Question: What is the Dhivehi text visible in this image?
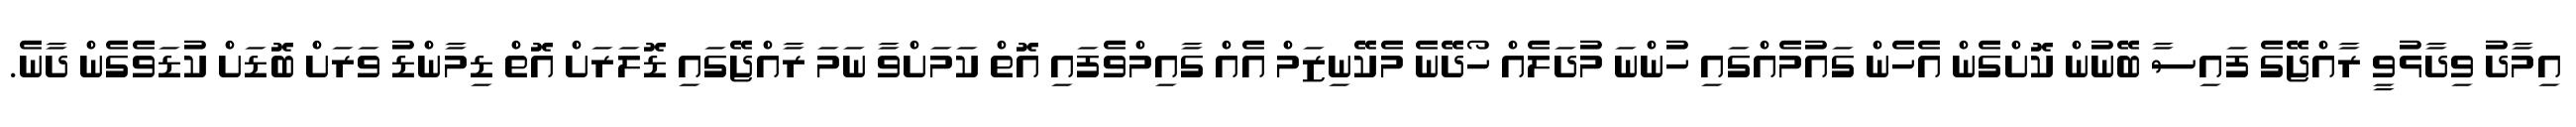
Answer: އިމާދު ވިދާޅުވީ ރާއްޖޭގެ ފައިސާ ބޭނުން ކޮށްގެން އެހެން ގައުމެއްގައި ހުންނަ މުދަލެއް ހޯދޭނެ މެކޭނިޒަމް އެއް ގާއިމްވެފައި އޮތް ކަމަށްވާ ނަމަ ރާއްޖޭގައި ޑޮލަރަށް އޮތް ޑިމާންޑު ވަރަށް ބޮޑަށް ކުޑަވެގެން ދާނެ.